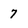
Character: 7